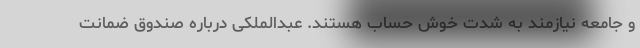
و جامعه نیازمند به شدت خوش حساب هستند. عبدالملکی درباره صندوق ضمانت